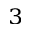
^ 3